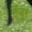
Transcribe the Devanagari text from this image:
तैंजुर